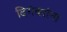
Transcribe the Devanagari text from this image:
दिगंबरांना